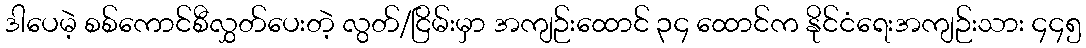
ဒါပေမဲ့ စစ်ကောင်စီလွှတ်ပေးတဲ့ လွတ်/ငြိမ်းမှာ အကျဉ်းထောင် ၃၄ ထောင်က နိုင်ငံရေးအကျဉ်းသား ၄၄၅